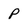
Character: p